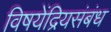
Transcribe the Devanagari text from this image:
विषयेंद्रियसंबंध